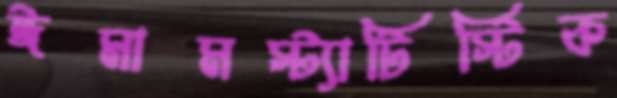
ঈমামস্ট্যাটিস্টিক